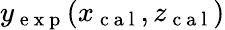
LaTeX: y_{\mathrm{~e~x~p~}}(x_{\mathrm{~c~a~l~}},z_{\mathrm{~c~a~l~}})